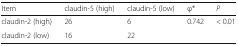
<table><thead><tr><td><b>Item</b></td><td><b>claudin-5 (high)</b></td><td><b>claudin-5 (low)</b></td><td><b>φ*</b></td><td><b><i>P</i></b></td></tr></thead><tbody><tr><td>claudin-2 (high)</td><td>26</td><td>6</td><td>0.742</td><td>&lt; 0.01</td></tr><tr><td>claudin-2 (low)</td><td>16</td><td>22</td><td></td><td></td></tr></tbody></table>